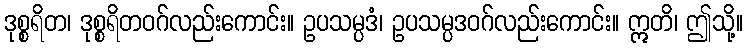
ဒုစ္စရိတ၊ ဒုစ္စရိတဝဂ်လည်းကောင်း။ ဥပသမ္ပဒံ၊ ဥပသမ္ပဒဝဂ်လည်းကောင်း။ ဣတိ၊ ဤသို့။